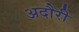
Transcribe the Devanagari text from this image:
अदौरी